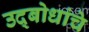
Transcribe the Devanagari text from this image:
उद्बोधांचे